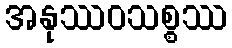
အနုဿဝသစ္စဿ